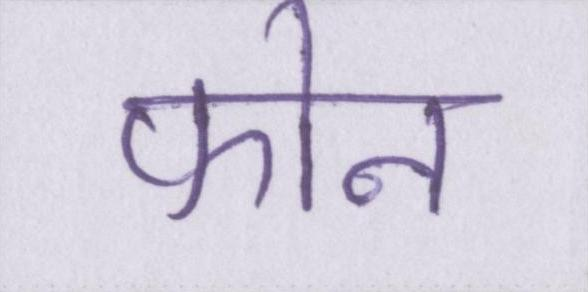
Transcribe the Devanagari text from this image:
फोन